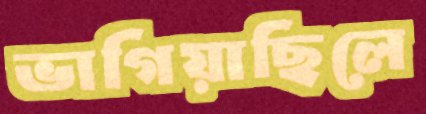
ভাগিয়াছিলে